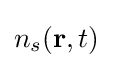
{\textstyle n_{s}(\mathbf {r} ,t)}